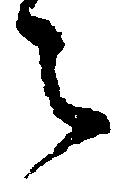
々